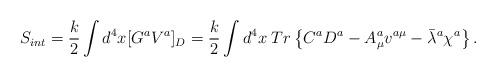
LaTeX: \begin{align*}S_{int}=\frac{k}{2}\int d^4 x[G^aV^a]_D=\frac{k}{2}\int d^4 x\; Tr\left\{C^aD^a-A^a_{\mu}v^{a\mu}-\bar{\lambda}{}^a\chi^a\right\}.\end{align*}